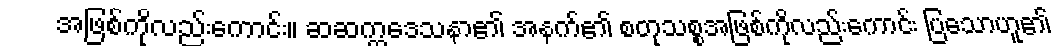
အဖြစ်ကိုလည်းကောင်း။ ဆဆက္ကဒေသနာ၏ အနက်၏ စတုသစ္စအဖြစ်ကိုလည်းကောင်း ပြသောဟူ၏